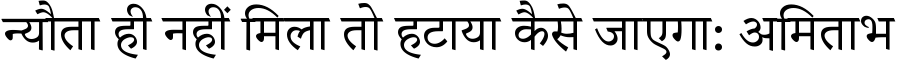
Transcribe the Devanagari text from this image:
न्यौता ही नहीं मिला तो हटाया कैसे जाएगा: अमिताभ